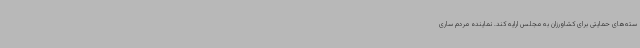
سته‌های حمایتی برای کشاورزان به مجلس ارایه کند. نماینده مردم ساری